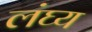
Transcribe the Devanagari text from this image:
लंघ्य